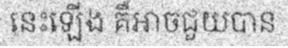
នេះឡើង គឺអាចជួយបាន